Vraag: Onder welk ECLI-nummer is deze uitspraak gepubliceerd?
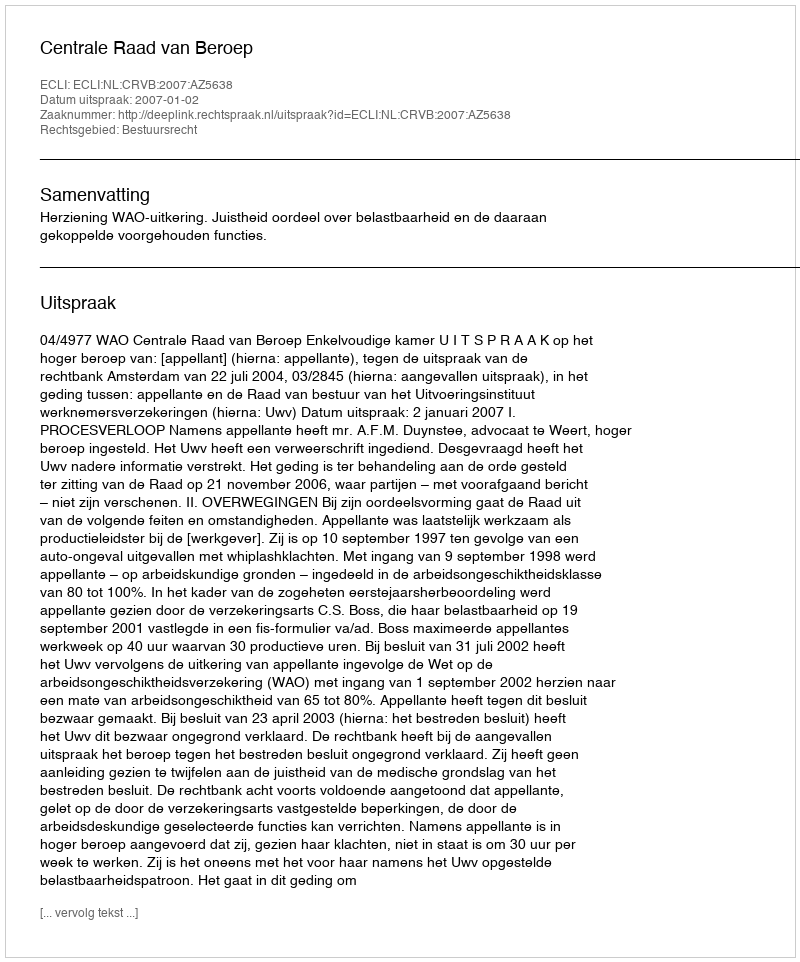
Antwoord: ECLI:NL:CRVB:2007:AZ5638